system: You are a helpful assistant.
user:
Analyze the provided spectrum to determine if it is a **M-type Giant (gM)**.

A M-type Giant spectrum is defined by its **strong molecular absorption** features, particularly from **Titanium Oxide (TiO)**. You must check for one of the following mutually exclusive signatures:

- **Key Visual Indicators (Absorption-Dominated Spectrum):**

    - **(Primary):** The spectrum is dominated by strong molecular absorption from **Titanium Oxide (TiO)**. This is the **defining feature** of its M-type temperature class.
        - **(Key Bandheads):** Look for sharp, "saw-tooth" absorption valleys. The strongest are located near **~7050 Å**, **~6160 Å**, and **~5170 Å**.
        - **(Line Profile):** The "saw-tooth" morphology is critical: a **sharp, steep drop on the BLUE (short-wavelength) side** of the bandhead, followed by a gradual recovery (rising flux) towards the RED (long-wavelength) side.

    - **(Key Confirmation - Giant vs. Dwarf):** **ABSENCE** of strong **Calcium Hydride (CaH)** molecular bands. This is the primary diagnostic for *excluding* M-dwarfs.
        - **(Key Region):** The spectrum should lack the strong, broad absorption band seen in dwarfs between **~6800 Å and ~7000 Å**.

    - **(Secondary Confirmation - Giant):** A very strong and broad **Neutral Calcium (Ca I)** atomic absorption line.
        - **(Key Line):** Located at **~4226 Å**. In a giant (gM), this line is significantly deeper and broader than the same line in an M-dwarf (dM) due to low surface gravity.

    - **(Overall Spectrum):**
        - The continuum is **extremely red-sloping** (i.e., flux is very low in the blue and rises dramatically towards the red).
        - The entire spectrum appears "chopped up" by the deep TiO bands.

Think first, call **spectral_visualization_tool** if needed to examine features in detail, then provide your final answer. Your response must adhere to the following strict rules:
1.  **Overall Structure:** Your response must follow the format `<think>...</think> <tool_call>...</tool_call> (if a tool is used) <answer>...</answer>`.
2.  **Tool Usage Constraint:** You may only make **one** tool call per turn.
3.  **Final Answer Format:** In the `<answer>` tag, your conclusion must be inside a `\boxed{}` command (e.g., `\boxed{YES}` or `\boxed{NO}`), followed by your justification.

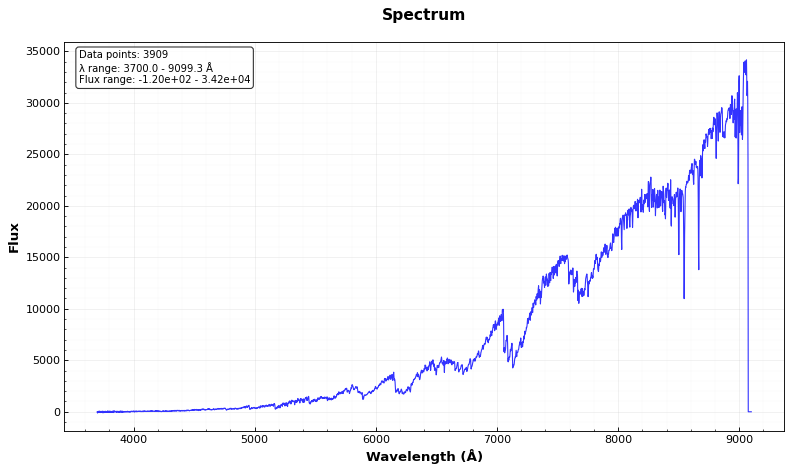
Answer: YES